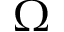
\Omega